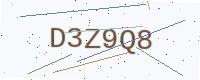
Text: D3Z9Q8